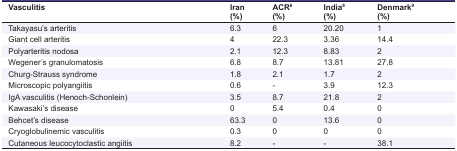
<table><thead><tr><td><b>Vasculitis</b></td><td><b>Iran(%)</b></td><td><b>ACR<sup>6</sup>(%)</b></td><td><b>India<sup>8</sup>(%)</b></td><td><b>Denmark<sup>9</sup>(%)</b></td></tr></thead><tbody><tr><td> Takayasu’s arteritis </td><td> 6.3 </td><td> 6 </td><td> 20.20 </td><td> 1 </td></tr><tr><td> Giant cell arteritis </td><td> 4 </td><td> 22.3 </td><td> 3.36 </td><td> 14.4 </td></tr><tr><td> Polyarteritis nodosa </td><td> 2.1 </td><td> 12.3 </td><td> 8.83 </td><td> 2 </td></tr><tr><td> Wegener’s granulomatosis </td><td> 6.8 </td><td> 8.7 </td><td> 13.81 </td><td> 27.8 </td></tr><tr><td> Churg-Strauss syndrome </td><td> 1.8 </td><td> 2.1 </td><td> 1.7 </td><td> 2 </td></tr><tr><td> Microscopic polyangiitis </td><td> 0.6 </td><td> - </td><td> 3.9 </td><td> 12.3 </td></tr><tr><td> IgA vasculitis (Henoch-Schonlein) </td><td> 3.5 </td><td> 8.7 </td><td> 21.8 </td><td> 2 </td></tr><tr><td> Kawasaki’s disease </td><td> 0 </td><td> 5.4 </td><td> 0.4 </td><td> 0 </td></tr><tr><td> Behcet’s disease </td><td> 63.3 </td><td> 0 </td><td> 13.6 </td><td> 0 </td></tr><tr><td> Cryoglobulinemic vasculitis </td><td> 0.3 </td><td> 0 </td><td> 0 </td><td> 0 </td></tr><tr><td> Cutaneous leucocytoclastic angiitis </td><td> 8.2 </td><td> - </td><td> - </td><td> 38.1 </td></tr></tbody></table>